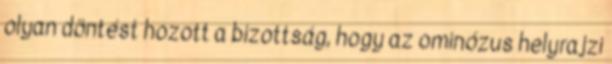
olyan döntést hozott a bizottság, hogy az ominózus helyrajzi